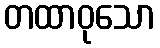
တထာဝုသော